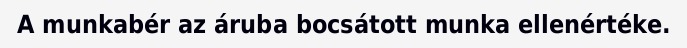
A munkabér az áruba bocsátott munka ellenértéke.